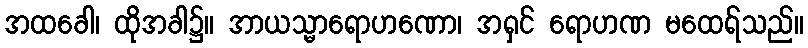
အထခေါ၊ ထိုအခါ၌။ အာယသ္မာရောဟဏော၊ အရှင် ရောဟဏ မထေရ်သည်။